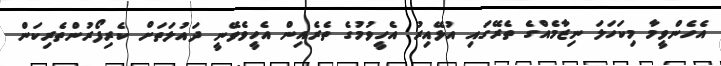
އެހެންވީމާ މިކަހަލަ ނިޒާމެއްގެ ތެރޭގައި އުޅޭއިރު އެހީވުމުގެ ތެރެއިން އެހީވެވޭނީ ދައުލަތަށް ކެރިފޯރުންތެރިކަން